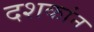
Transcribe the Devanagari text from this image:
दशकांन